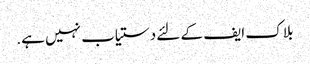
بلاک ایف کے لئے دستیاب نہیں ہے.